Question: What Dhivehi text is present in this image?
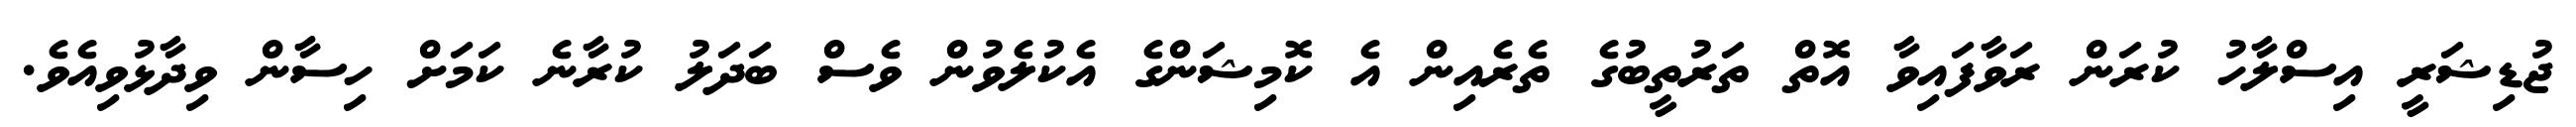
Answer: ޖުޑިޝަރީ އިސްލާހު ކުރަން ރަވާފައިވާ އޮތް ތަރުތީބުގެ ތެރެއިން އެ ކޮމިޝަންގެ އެކުލެވުން ވެސް ބަދަލު ކުރާނެ ކަމަށް ހިސާން ވިދާޅުވިއެވެ.